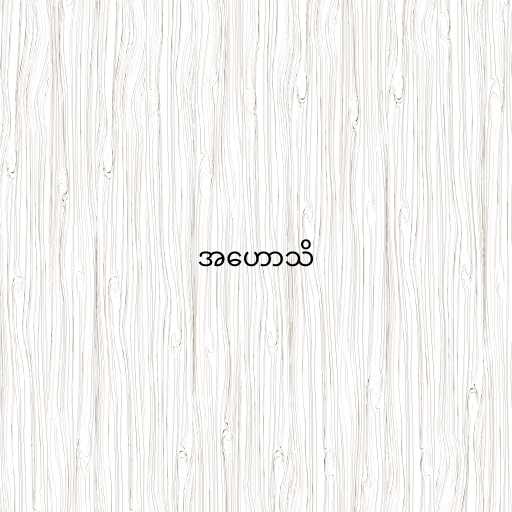
အဟောသိ